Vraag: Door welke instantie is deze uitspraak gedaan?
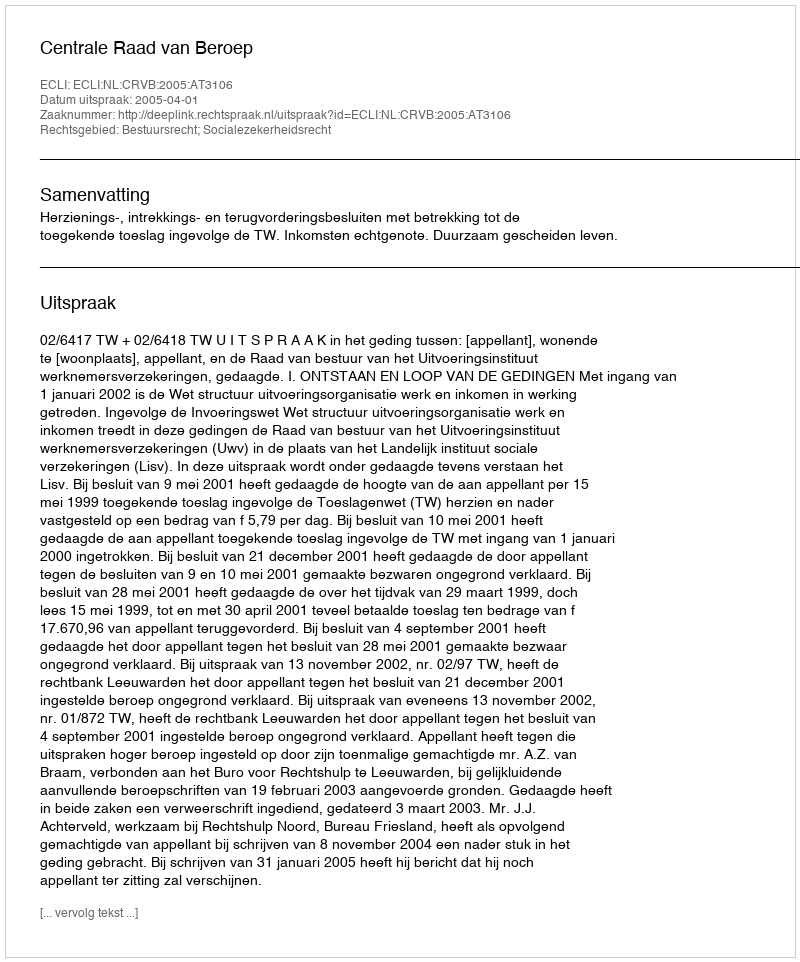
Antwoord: Centrale Raad van Beroep